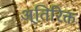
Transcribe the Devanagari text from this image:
अ्तिरिक्त